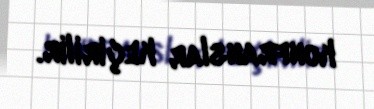
konfranslar keçirilir.